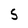
Character: 5